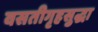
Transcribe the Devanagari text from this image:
वसतीगृहसुद्धा